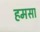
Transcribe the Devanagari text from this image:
हमसा